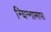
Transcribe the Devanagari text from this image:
न्यिन्गामापा